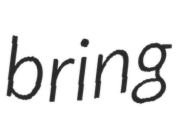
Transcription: bring